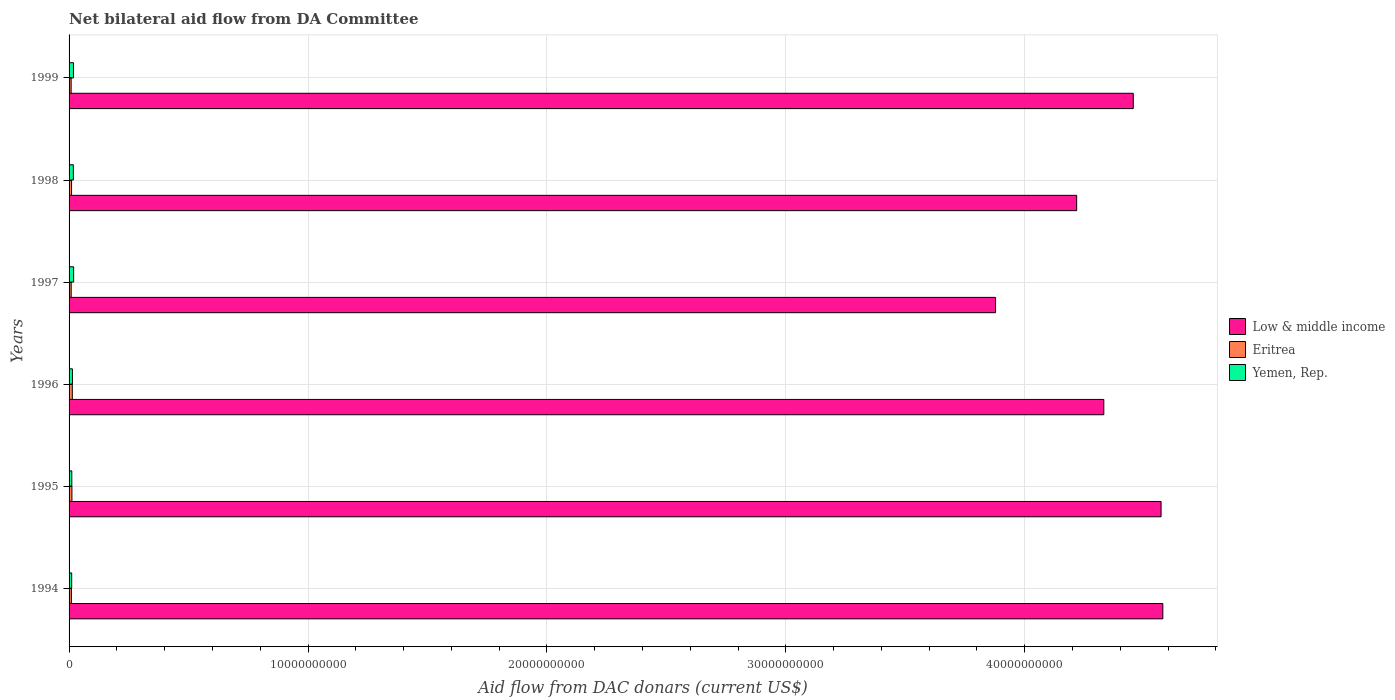
| Years | Low & middle income | Eritrea | Yemen, Rep. |
 | --- | --- | --- | --- |
 | 1994 | 4.58e+10 | 9.72e+07 | 1.1e+08 |
 | 1995 | 4.57e+10 | 1.19e+08 | 1.15e+08 |
 | 1996 | 4.33e+10 | 1.36e+08 | 1.4e+08 |
 | 1997 | 3.88e+10 | 8.83e+07 | 1.91e+08 |
 | 1998 | 4.22e+10 | 1.04e+08 | 1.79e+08 |
 | 1999 | 4.45e+10 | 8.65e+07 | 1.84e+08 |